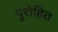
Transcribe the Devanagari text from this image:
पुरोहित